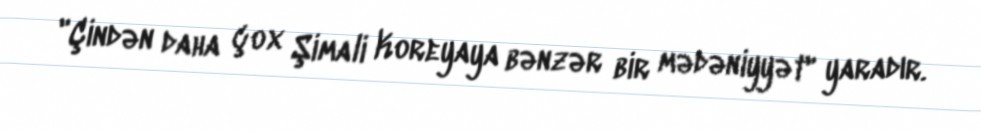
"Çindən daha çox Şimali Koreyaya bənzər bir mədəniyyət" yaradır.